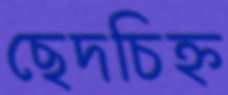
ছেদচিহ্ন